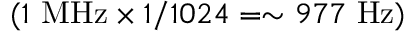
( 1 ~ \mathrm { M H z } \times 1 / 1 0 2 4 = \sim 9 7 7 ~ \mathrm { H z } )